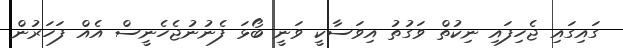
ގައިގައި ޖެހިފައި ނިކުތް ވަގުތު އިވަސާކީ ވަނީ ބޯޅަ ފެނުނުޖެހެނީސް އެއް ފަހަރުން